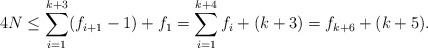
LaTeX: \begin{align*}4N \leq \sum_{i=1}^{k+3}(f_{i+1} - 1) + f_1 = \sum_{i = 1}^{k+4}f_i + (k+3) = f_{k+6} + (k+5).\end{align*}